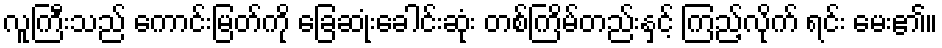
လူကြီးသည် ကောင်းမြတ်ကို ခြေဆုံးခေါင်းဆုံး တစ်ကြိမ်တည်းနှင့် ကြည့်လိုက် ရင်း မေး၏။